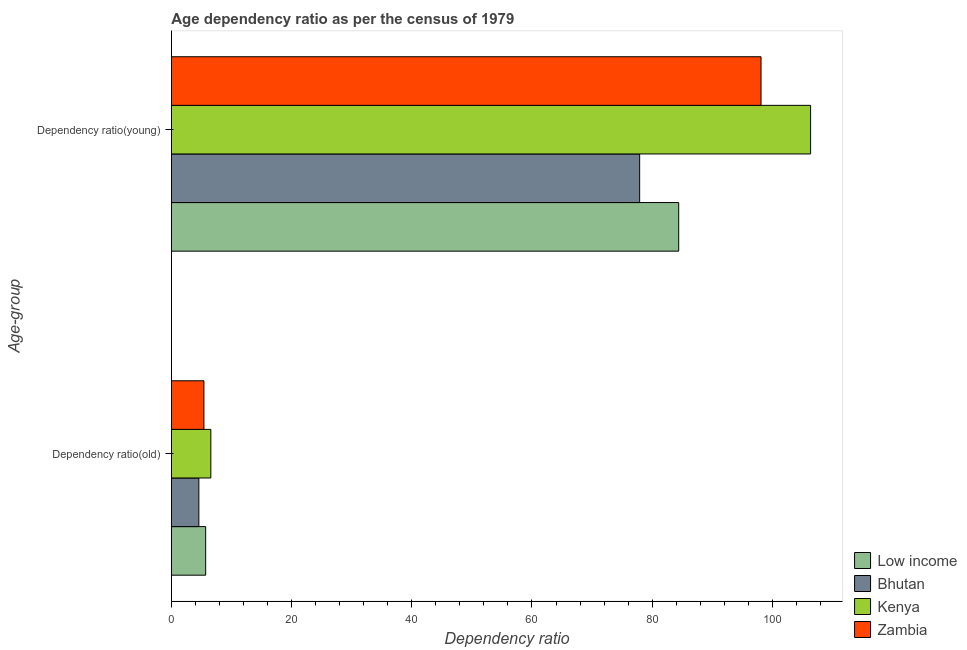
| Age-group | Low income | Bhutan | Kenya | Zambia |
 | --- | --- | --- | --- | --- |
 | Dependency ratio(old) | 5.71 | 4.57 | 6.56 | 5.42 |
 | Dependency ratio(young) | 84.4 | 77.9 | 106 | 98.1 |